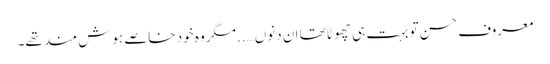
معروف حسن تو بہت ہی چھوٹا تھا ان دنوں…..مگر وہ خود خاصے ہوش مند تھے۔